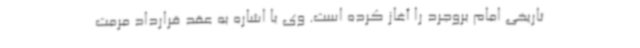
تاریخی امام بروجرد را آغاز کرده است. وی با اشاره به عقد قرارداد مرمت